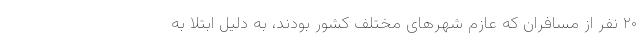
۲۰ نفر از مسافران که عازم شهرهای مختلف کشور بودند، به دلیل ابتلا به